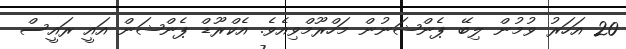
20 އަހަރު ވުމުން ލިބޭ ޕެންޝަނުން މަހްރޫމްވިއެވެ. އެކްރޫޑް ޕެންޝަން އައީ ރައީސް